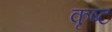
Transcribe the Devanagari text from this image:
कृष्ट